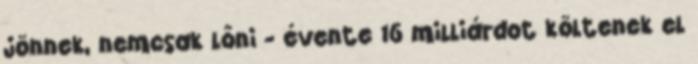
jönnek, nemcsak lőni - évente 16 milliárdot költenek el